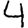
Digit: 4